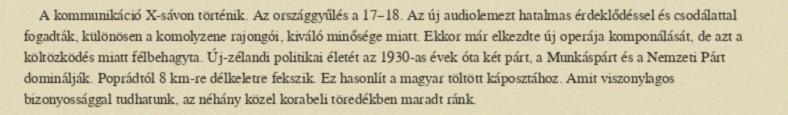
A kommunikáció X-sávon történik. Az országgyűlés a 17–18. Az új audiolemezt hatalmas érdeklődéssel és csodálattal fogadták, különösen a komolyzene rajongói, kiváló minősége miatt. Ekkor már elkezdte új operája komponálását, de azt a költözködés miatt félbehagyta. Új-zélandi politikai életét az 1930-as évek óta két párt, a Munkáspárt és a Nemzeti Párt dominálják. Poprádtól 8 km-re délkeletre fekszik. Ez hasonlít a magyar töltött káposztához. Amit viszonylagos bizonyossággal tudhatunk, az néhány közel korabeli töredékben maradt ránk.